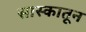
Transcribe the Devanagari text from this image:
सास्कातून